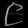
Digit: ၉